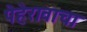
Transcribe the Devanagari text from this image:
पेहेरावाचा